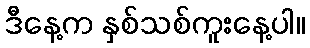
ဒီနေ့က နှစ်သစ်ကူးနေ့ပါ။